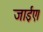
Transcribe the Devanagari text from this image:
जाईए।